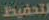
لتحفيظ